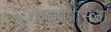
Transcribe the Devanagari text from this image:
शाक्तोपासना